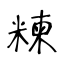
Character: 𥻂